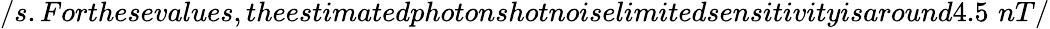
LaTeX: /s.Forthesevalues,theestimatedphotonshotnoiselimitedsensitivityisaround4.5\, \, nT/